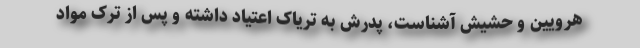
هرویین و حشیش آشناست، پدرش به تریاک اعتیاد داشته و پس از ترک مواد